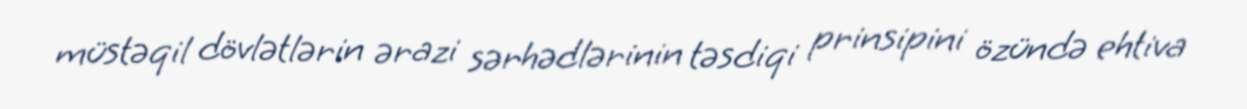
müstəqil dövlətlərin ərazi sərhədlərinin təsdiqi prinsipini özündə ehtiva